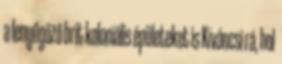
a lenyűgöző brit koloniális épületeket is Kíváncsi rá, hol